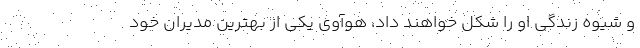
و شیوه زندگی او را شکل خواهند داد، هوآوی یکی از بهترین مدیران خود